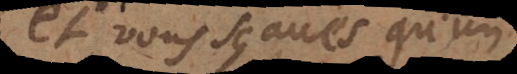
et vous sçavés qu’un